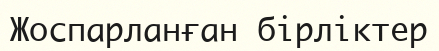
Жоспарланған бірліктер